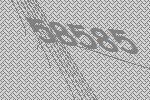
58585